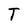
Character: T